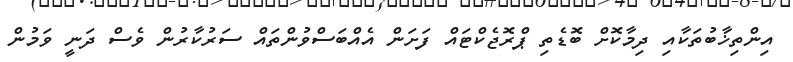
އިންތިޚާބުތަކާއި ދިމާކޮށް ބޮޑެތި ޕްރޮޖެކްޓައް ފަށަން އެއްބަސްވުންތައް ސަރުކާރުން ވެސް ދަނީ ވަމުން